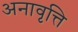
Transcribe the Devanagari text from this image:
अनावृत्ति